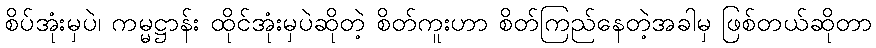
စိပ်အုံးမှပဲ၊ ကမ္မဋ္ဌာန်း ထိုင်အုံးမှပဲဆိုတဲ့ စိတ်ကူးဟာ စိတ်ကြည်နေတဲ့အခါမှ ဖြစ်တယ်ဆိုတာ